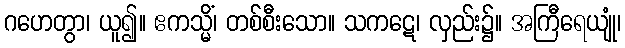
ဂဟေတွာ၊ ယူ၍။ ဧကသ္မိံ၊ တစ်စီးသော။ သကဋေ၊ လှည်း၌။ အကြီရေယျုံ၊